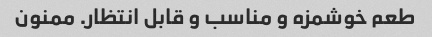
طعم خوشمزه و مناسب و قابل انتظار. ممنون